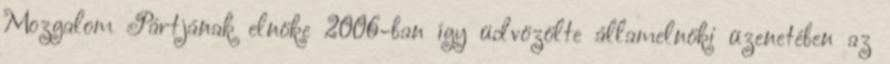
Mozgalom Pártjának elnöke 2006-ban így üdvözölte államelnöki üzenetében az